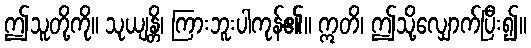
ဤသူတို့ကို။ သုယျန္တိ၊ ကြားဘူးပါကုန်၏။ ဣတိ၊ ဤသို့လျှောက်ပြီး၍။